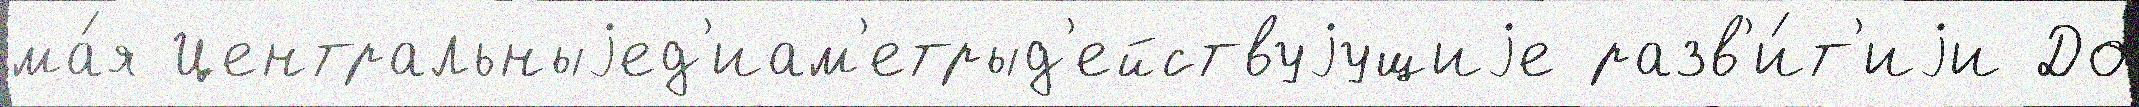
ма́я Центральныjед'иам'етрыд'ействуjущиjе разв'и́т'иjи До